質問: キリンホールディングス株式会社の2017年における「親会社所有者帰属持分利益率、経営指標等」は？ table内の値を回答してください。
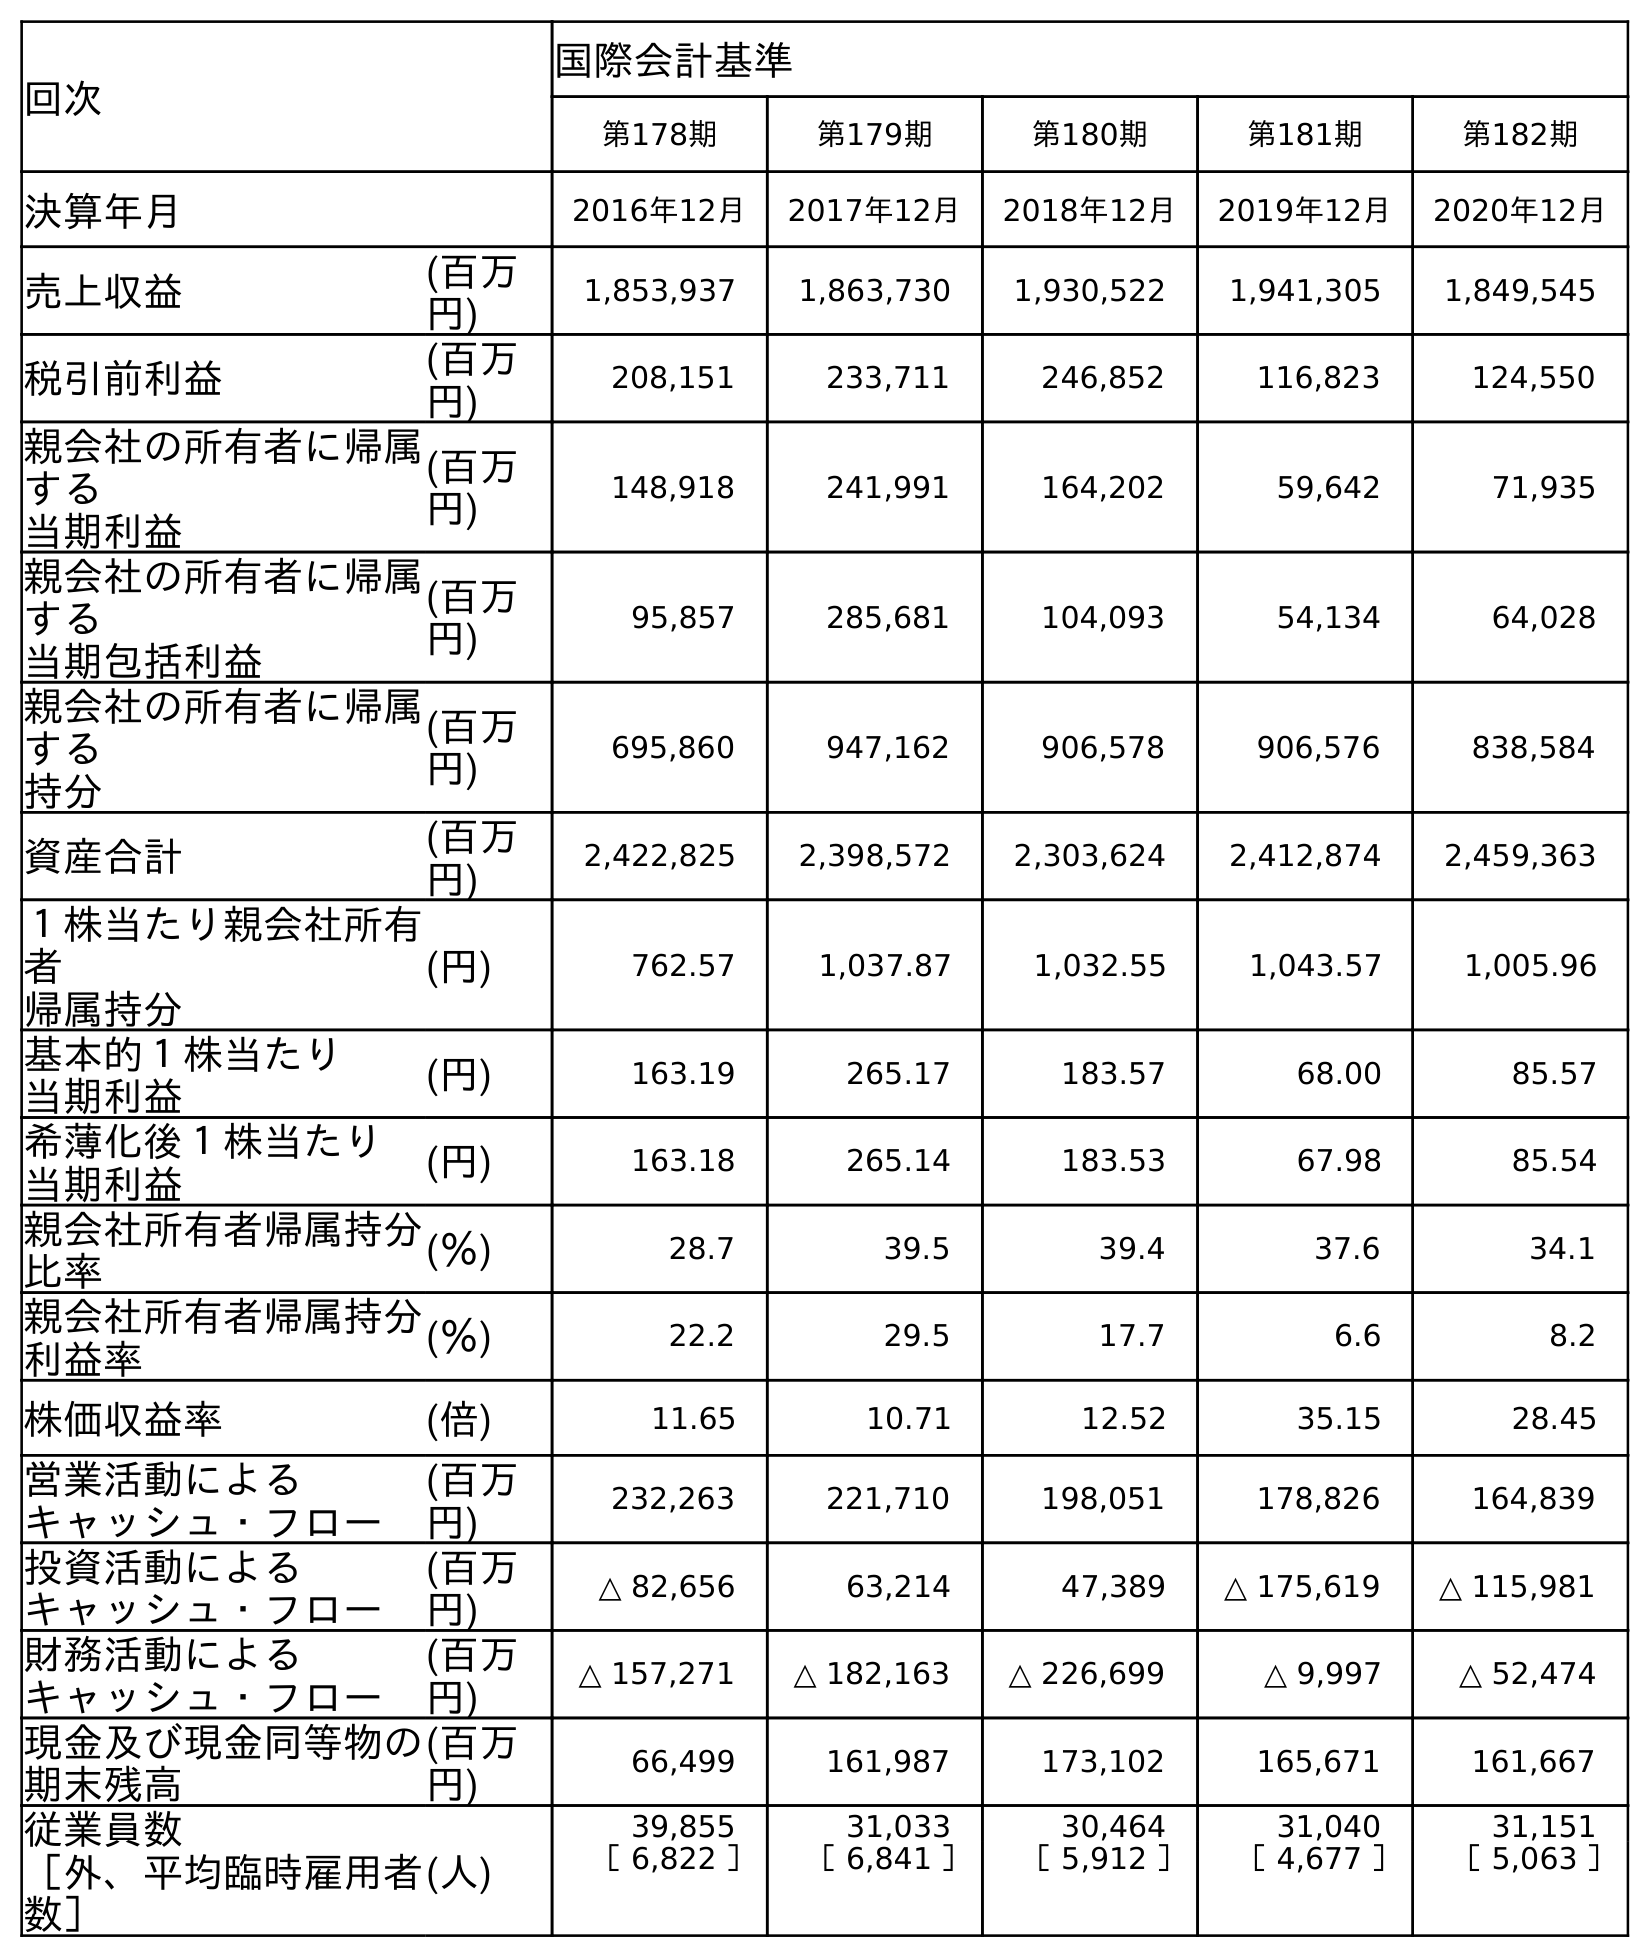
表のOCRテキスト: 回次 国際会計基準 第178期 第179期 第180期 第181期 第182期 決算年月 2016年12月 2017年12月 2018年12月 2019年12月 2020年12月 売上収益 (百万 円) 1,853,937 1,863,730 1,930,522 1,941,305 1,849,545 税引前利益 (百万 円) 208,151 233,711 246,852 116,823 124,550 親会社の所有者に帰属 する 当期利益 (百万 円) 148,918 241,991 164,202 59,642 71,935 親会社の所有者に帰属 する 当期包括利益 (百万 円) 95,857 285,681 104,093 54,134 64,028 親会社の所有者に帰属 する 持分 (百万 円) 695,860 947,162 906,578 906,576 838,584 資産合計 (百万 円) 2,422,825 2,398,572 2,303,624 2,412,874 2,459,363 １株当たり親会社所有 者 帰属持分 (円) 762.57 1,037.87 1,032.55 1,043.57 1,005.96 基本的１株当たり 当期利益 (円) 163.19 265.17 183.57 68.00 85.57 希薄化後１株当たり 当期利益 (円) 163.18 265.14 183.53 67.98 85.54 親会社所有者帰属持分 比率 (％) 28.7 39.5 39.4 37.6 34.1 親会社所有者帰属持分 利益率 (％) 22.2 29.5 17.7 6.6 8.2 株価収益率 (倍) 11.65 10.71 12.52 35.15 28.45 営業活動による キャッシュ・フロー (百万 円) 232,263 221,710 198,051 178,826 164,839 投資活動による キャッシュ・フロー (百万 円) △ 82,656 63,214 47,389 △ 175,619 △ 115,981 財務活動による キャッシュ・フロー (百万 円) △ 157,271 △ 182,163 △ 226,699 △ 9,997 △ 52,474 現金及び現金同等物の 期末残高 (百万 円) 66,499 161,987 173,102 165,671 161,667 従業員数 ［外、平均臨時雇用者 数］ (人) 39,855 31,033 30,464 31,040 31,151 ［ 6,822 ］ ［ 6,841 ］ ［ 5,912 ］ ［ 4,677 ］ ［ 5,063 ］
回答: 29.5